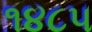
૧૪૮૫